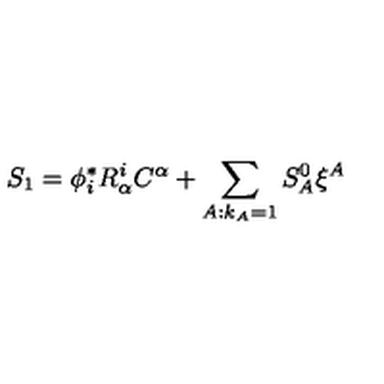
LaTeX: S _ { 1 } = \phi _ { i } ^ { * } R _ { \alpha } ^ { i } C ^ { \alpha } + \sum _ { A : k _ { A } = 1 } S _ { A } ^ { 0 } \xi ^ { A }